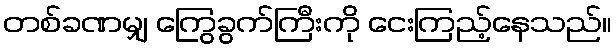
တစ်ခဏမျှ ကြွေခွက်ကြီးကို ငေးကြည့်နေသည်။